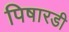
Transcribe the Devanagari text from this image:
पिषारडी